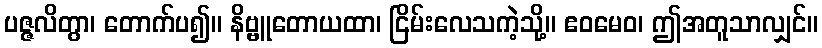
ပဇ္ဇလိတွာ၊ တောက်ပ၍။ နိဗ္ဗူတောယထာ၊ ငြိမ်းလေသကဲ့သို့။ ဧဝမေဝ၊ ဤအတူသာလျှင်။